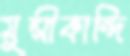
মুন্সীকান্দি